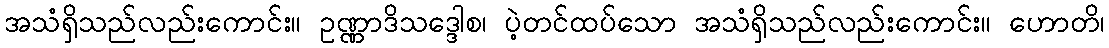
အသံရှိသည်လည်းကောင်း။ ဥဏ္ဏာဒိသဒ္ဒေါစ၊ ပဲ့တင်ထပ်သော အသံရှိသည်လည်းကောင်း။ ဟောတိ၊